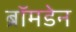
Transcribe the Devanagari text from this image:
ब्रॉमडेन